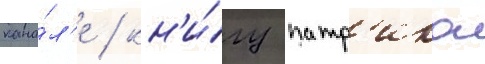
кана́л'е / кн'и́гу патр'ика